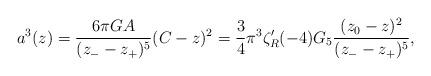
LaTeX: \begin{align*}a^3(z)={6\pi G A \over (z_- -z_+)^5}(C-z)^2={{3\over 4}\pi^3 \zeta'_R(-4) G_5 }{(z_0-z)^2\over(z_- -z_+)^5},\end{align*}